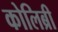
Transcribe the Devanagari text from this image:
कोलिब्री